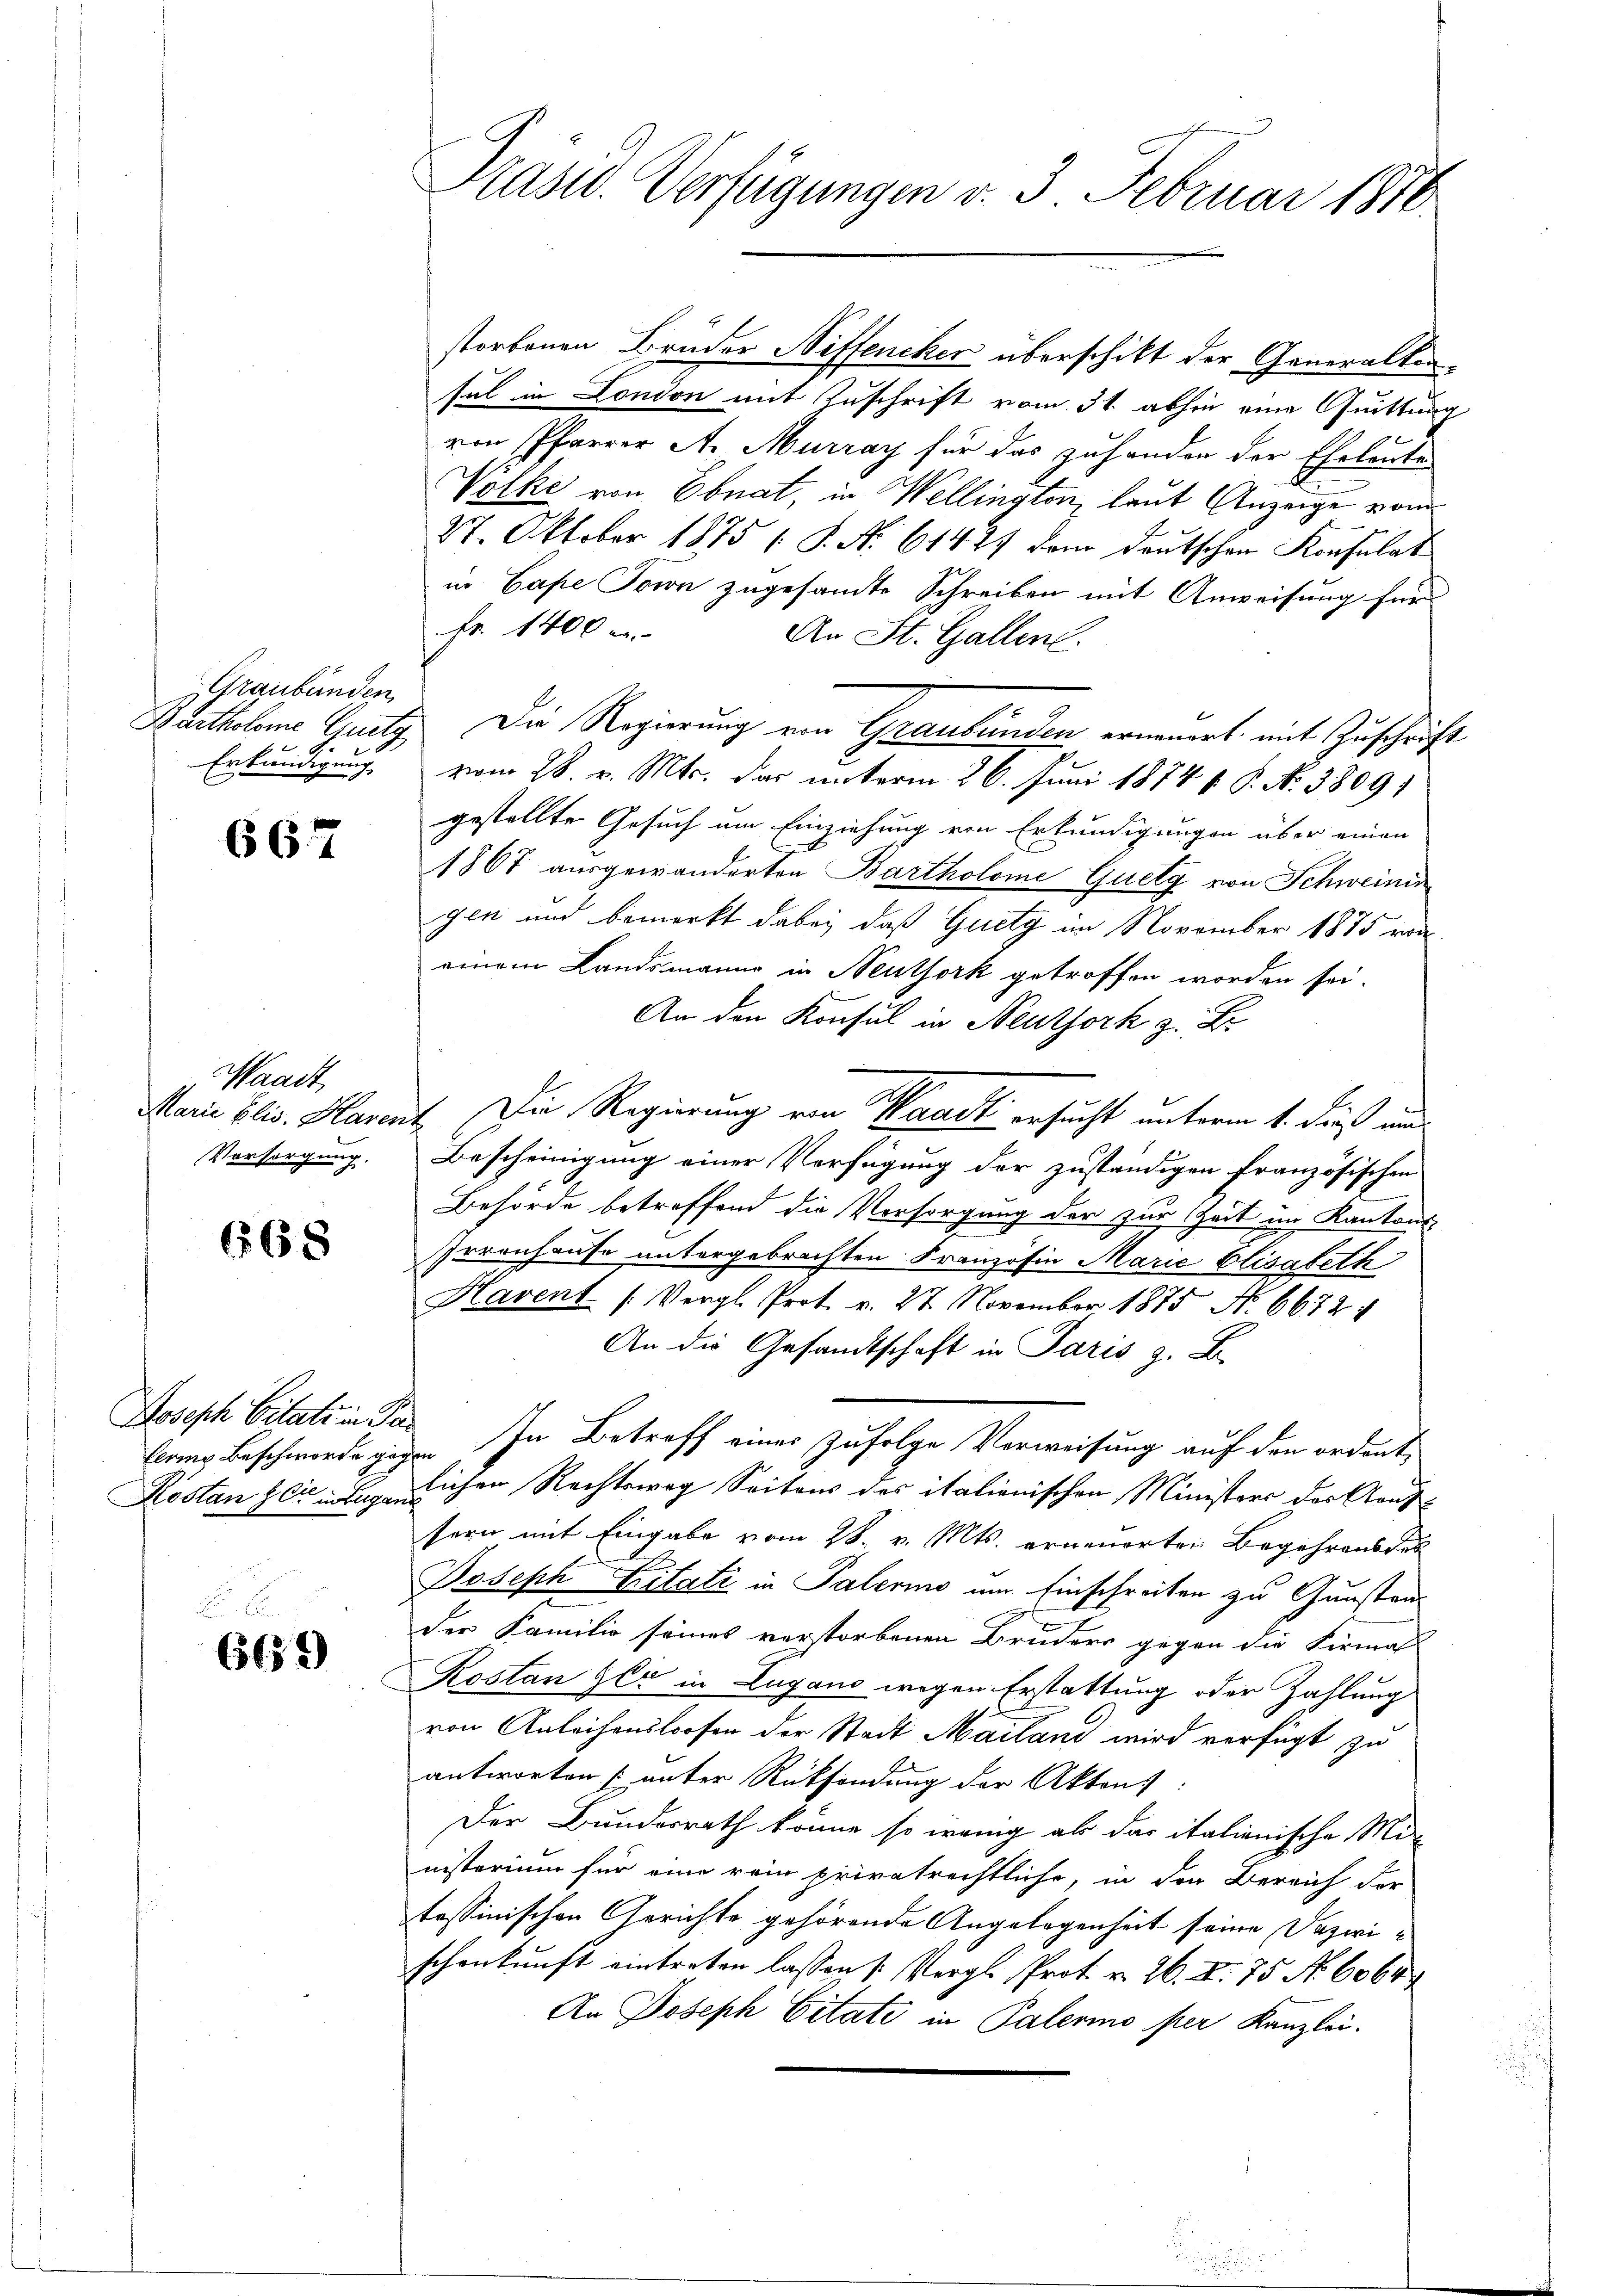
Graubünden,
Erkundigung

667

Waadt,
Versorgung.

668

Joseph Citate in Pa

665

Präsid. Verfügungen v. 3. Februar 1870

storbenen Brüder Niffencher überschikt der Generalten-
sul in London mit Zuschrift vom 31. abhin eine Quittung
von Pfarrer A. Murray für das zuhanden der Eheleute
Volke von Ebnat, in Wellington, laut Anzeige vom
27. Oktober 1875 ( P. No 61427 dem Deutschen Konsulat
in Cape Torn zugesamte Schreiben mit Anweisung für
fr. 1400 e
An St. Gallen.
Bartholome Gutg Die Regierung von Graubünden erneuert, mit Zuschrift
vom 28. v. Mts. der unterm 26. Juni 1874 v. P. N. 3809)
gestellte Gesuch um Einziehung von Erkundigungen über einen
1867 ausgewanderten Bartholome Quetg von Schweinin
gen und bemerkt dabei, daß Guety im November 1875 von
einem Landsmanne in Neuthork getroffen worden sei.
An den Konsul in Neuthork z. Br
Maria Elis. Karnt. Die Regierung von Waadt ersucht unterm 1. dieß und
Bescheinigung einer Verfügung der zuständigen französischen
Behörde betreffend die Versorgung der zur Zeit im Kantons-
Irrenhause untergebrachten Französin Marie Elisabeth
Havent (Vergl. Prot. v. 27. November 1875 No 6672
An die Gesandtschaft in Paris z. B.
beiner Beschwerdegigen In Betreff einer zufolge Vorweisung auf den ordent,
Kostan zeitlichen Rechtsweg Seitens des italionischen Ministers des Aaufsern mit Eingabe vom 28. v. Mts. ernenorten Begehrens der
Joseph Tritati in Palerino um Einschreiben zu Gunstand
der Familie seines verstorbenen Bruders gegen die Firma
Kostan her in Lugano wegen Erstattung oder Zahlung
von Anleihenstrosen der Stadt Mailand wird verfügt zu
antworten (unter Rücksendung der Akten):
Der Bundesrath könne so wenig als das italienische Mit-
nisterium für eine rein privatrechtliche, in den Bereich der
tessinischen Gerichte gehörende Angelegenheit seine Dazwischenkunft eintreten lassen (: Vergl. Prot. v. 26. I. 75 No 6064
An Joseph Citate in Palermo per Kanzlei.